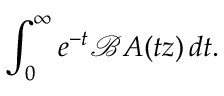
\int _ { 0 } ^ { \infty } e ^ { - t } { \mathcal { B } } A ( t z ) \, d t .